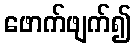
ဖောက်ဖျက်၍